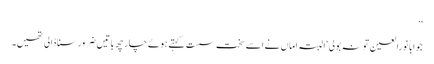
‘‘
جواباً نورالعین تو نہ بولی‘ البتہ اماں نے اسے سخت سست کہتے ہوئے چار چھ باتیں ضرور سنا ڈالی تھیں۔